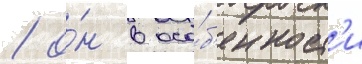
/ о́н в осо́б'енност'и